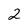
Character: 2